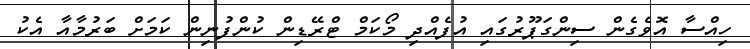
ހިއްސާ އޮވެގެން ސިންގަޕޫރުގައި އުފެއްދި މޯކަމް ޓްރޭޑިން ކުންފުނިން ކަމަށް ބަރުމާއާ އެކު